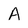
Character: A